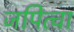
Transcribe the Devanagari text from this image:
जपित्वा